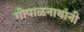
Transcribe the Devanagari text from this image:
गोपाळनाथांनी